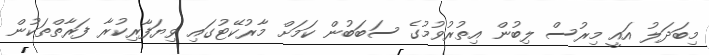
މިބަދަލު އައީ މިރުސް ލިބުން އިތުރުވުމުގެ ސަބަބުން ކަމަށް މާރުކޭޓުގައި ވިޔަފާރިކުރާ ފަރާތްތަކުން